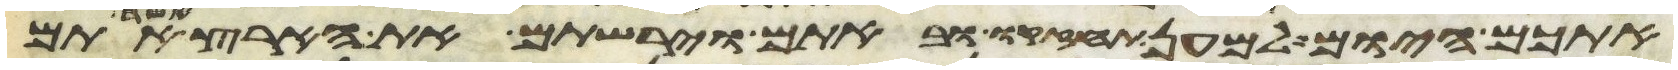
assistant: אתכם היום למען תחזקו ובאתם וירשתם את הארץ אשר אתם